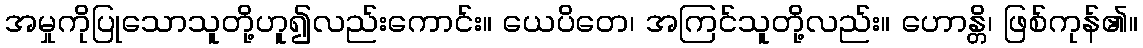
အမှုကိုပြုသောသူတို့ဟူ၍လည်းကောင်း။ ယေပိတေ၊ အကြင်သူတို့လည်း။ ဟောန္တိ၊ ဖြစ်ကုန်၏။